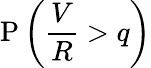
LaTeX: \mathrm{P}\left({\frac{V}{R}}>q\right)